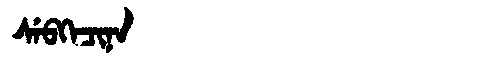
Manchu: ᠰᡝᠪᡴᡝᠴᡳᠨᠠ
Romanization: SEBKECINA